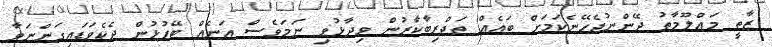
ޒާތީ މަޢްލޫމާތު ދޭންނުޖެހޭނެކަމަށް ބައެއް ތަޖްރިބާކާރުން ވިދާޅުވި ނަމަވެސް އަނެއް ބޭފުޅުން ދެކެވަޑައިގަންނަވާ